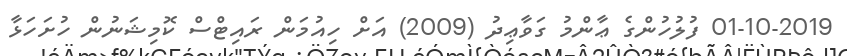
01-10-2019 ފުލުހުންގެ ޢާންމު ގަވާޢިދު (2009) އަށް ހިއުމަން ރައިޓްސް ކޮމިޝަނުން ހުށަހަޅާ